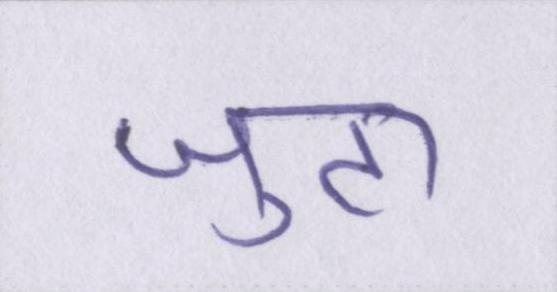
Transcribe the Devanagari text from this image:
जुटा